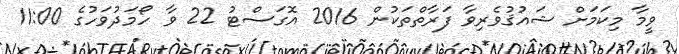
ވީމާ މިކަމަށް ޝައުޤުވެރިވާ ފަރާތްތަކުން 2016 އޮގަސްޓު 22 ވާ ހޯމަދުވަހުގެ 11:00